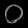
Digit: ၀